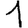
Digit: 1